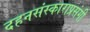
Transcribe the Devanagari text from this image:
दहनसंस्काराप्रसंगी